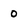
Character: 0